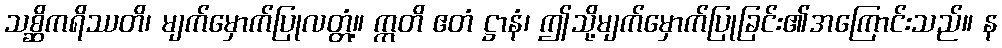
သစ္ဆိကရိဿတိ၊ မျက်မှောက်ပြုလတ္တံ့။ ဣတိ ဧတံ ဋ္ဌာနံ၊ ဤသို့မျက်မှောက်ပြုခြင်း၏အကြောင်းသည်။ န